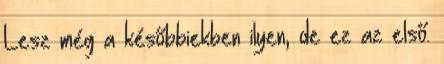
Lesz még a későbbiekben ilyen, de ez az első.